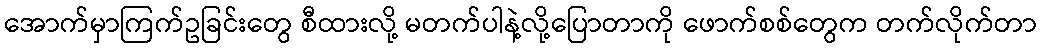
အောက်မှာကြက်ဥခြင်းတွေ စီထားလို့ မတက်ပါနဲ့လို့ပြောတာကို ဖောက်စစ်တွေက တက်လိုက်တာ